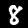
Digit: 8